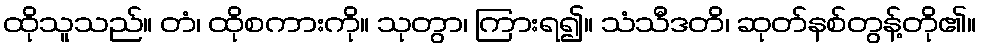
ထိုသူသည်။ တံ၊ ထိုစကားကို။ သုတွာ၊ ကြားရ၍။ သံသီဒတိ၊ ဆုတ်နစ်တွန့်တို၏။